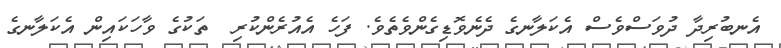
އެނބުރިދާ ދުވަސްވެސް އެކަލާނގެ ދެނެވޮޑިގެންވެތެވެ. ފަހެ އެއުރެންކުރި  ތަކުގެ ވާހަކައިން އެކަލާނގެ